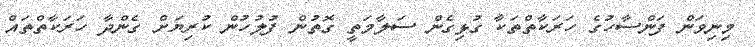
މިނިވަން ފަންސާހުގެ ހަރަކާތްތަކާ ގުޅިގެން ސަލާމަތީ ގޮތުން ފުލުހުން ކުރިޔަށް ގެންދާ ހަރަކާތްތައް